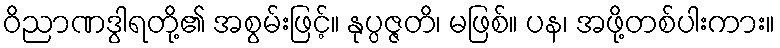
ဝိညာဏဒွါရတို့၏ အစွမ်းဖြင့်။ နုပ္ပဇ္ဇတိ၊ မဖြစ်။ ပန၊ အဖို့တစ်ပါးကား။